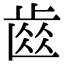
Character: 𮮽